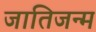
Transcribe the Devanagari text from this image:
जातिजन्म